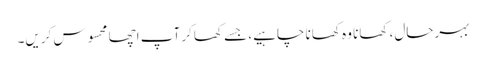
بہرحال، کھانا وہ کھانا چاہیے، جسے کھاکر آپ اچھا محسوس کریں۔